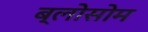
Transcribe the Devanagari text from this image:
ब्लोसोम